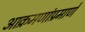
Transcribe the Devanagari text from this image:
आक्रमणांप्रमाणे